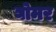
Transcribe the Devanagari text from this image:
घोमर